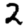
Digit: 2